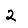
Digit: 2